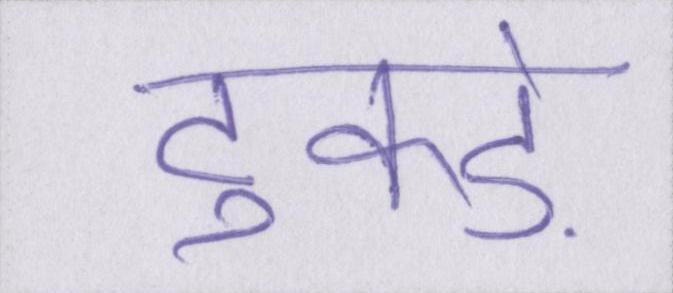
टुकड़े